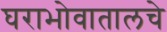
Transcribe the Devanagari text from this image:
घराभोवातालचे